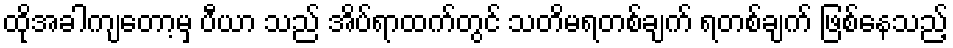
ထိုအခါကျတော့မှ ပီယာ သည် အိပ်ရာထက်တွင် သတိမရတစ်ချက် ရတစ်ချက် ဖြစ်နေသည့်